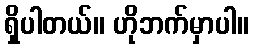
ရှိပါတယ်။ ဟိုဘက်မှာပါ။